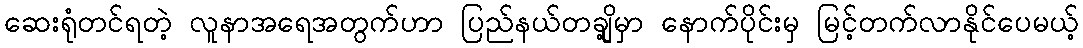
ဆေးရုံတင်ရတဲ့ လူနာအရေအတွက်ဟာ ပြည်နယ်တချို့မှာ နောက်ပိုင်းမှ မြင့်တက်လာနိုင်ပေမယ့်